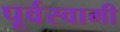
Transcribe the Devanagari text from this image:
पूर्वस्वामी